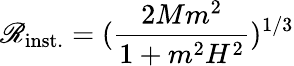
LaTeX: \mathscr{R}_{\mathrm{{inst.}}}=(\frac{{2Mm^{2}}}{{1+m^{2}H^{2}}})^{1/3}